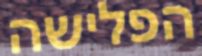
הפלישה